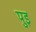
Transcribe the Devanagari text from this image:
पुइ